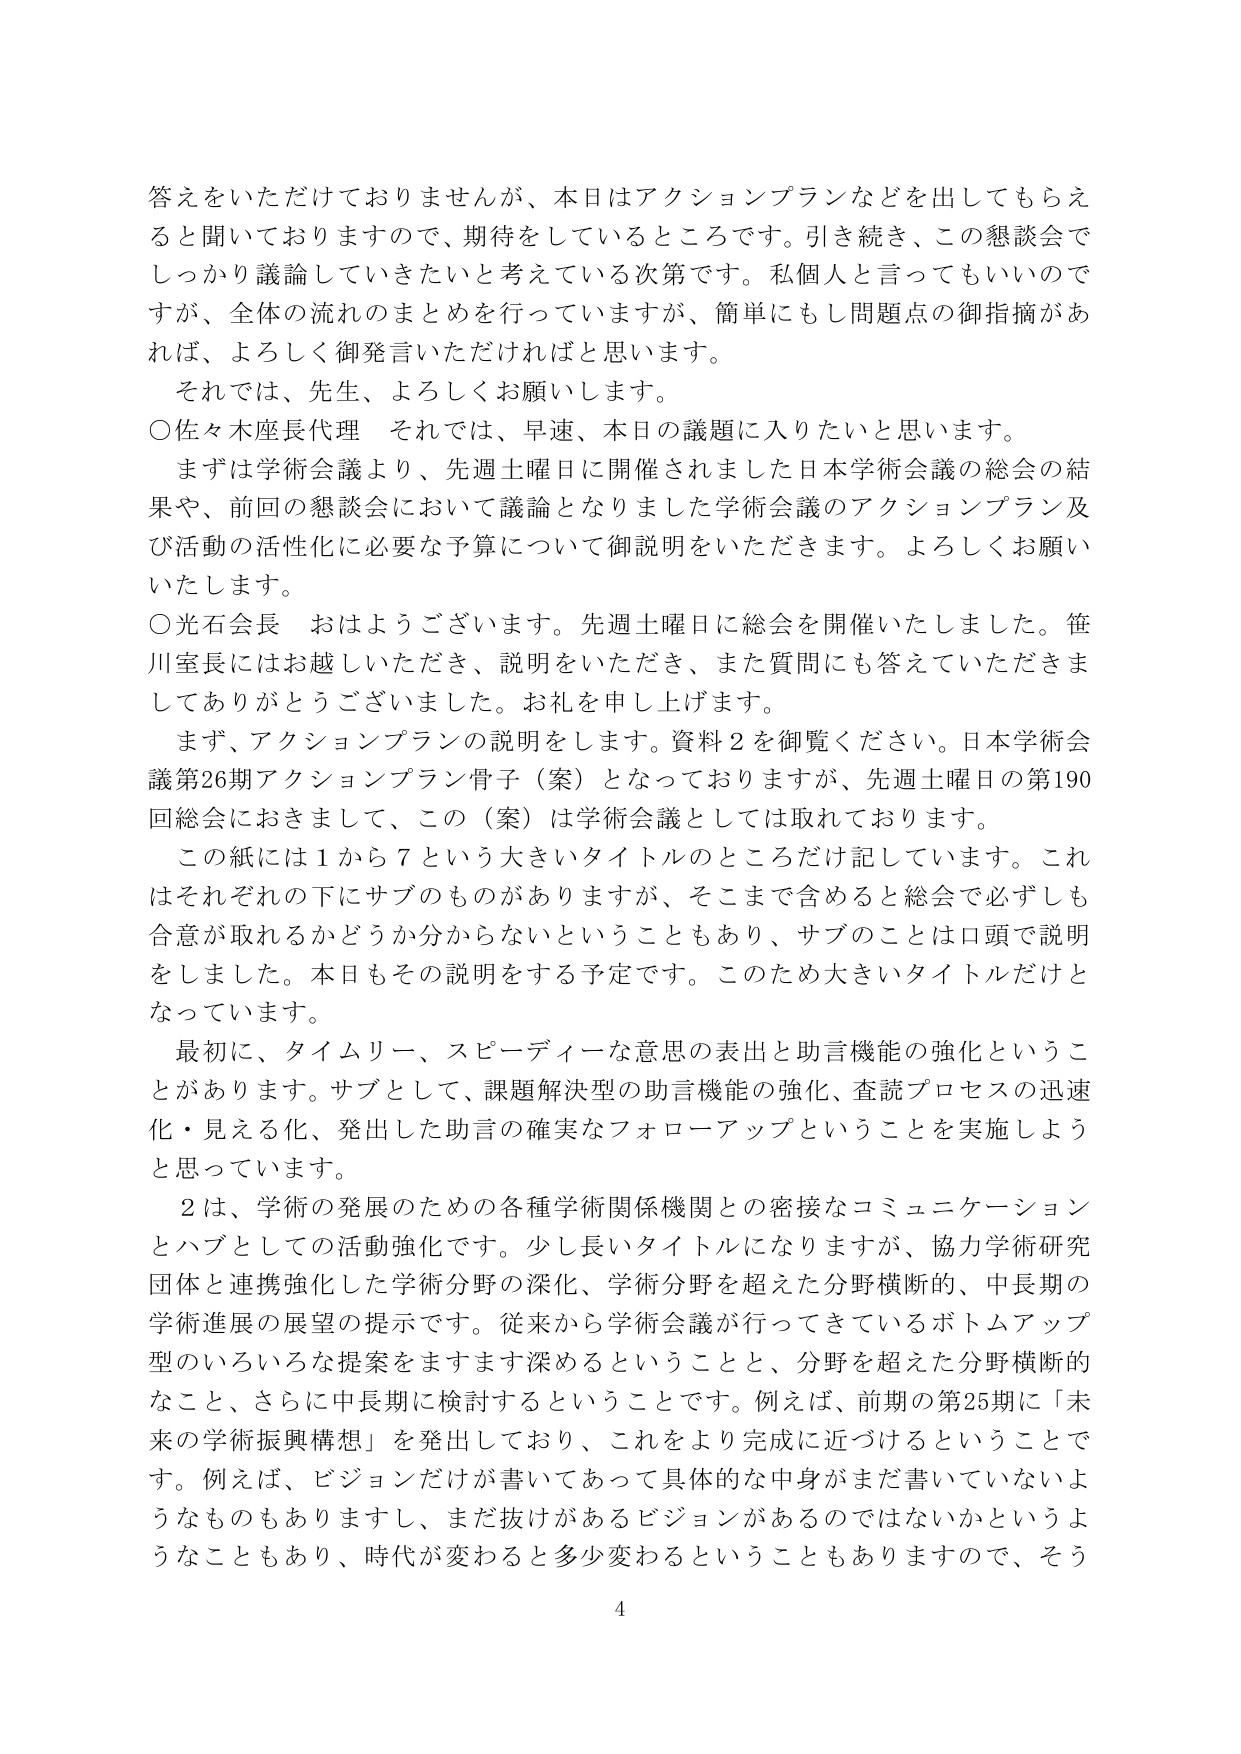
答えをいただけておりませんが、本日はアクションプランなどを出してもらえると聞いておりますので、期待をしているところです。引き続き、この懇談会でしっかり議論していきたいと考えている次第です。私個人と言ってもいいのですが、全体の流れのまとめを行っていますが、簡単にもし問題点の御指摘があれば、よろしく御発言いただければと思います。

それでは、先生、よろしくお願いします。

○佐々木座長代理　それでは、早速、本日の議題に入りたいと思います。

まずは学術会議より、先週土曜日に開催されました日本学術会議の総会の結果や、前回の懇談会において議論となりました学術会議のアクションプラン及び活動の活性化に必要な予算について御説明をいただきます。よろしくお願いいたします。

○光石会長　おはようございます。先週土曜日に総会を開催いたしました。笹川室長にはお越しいただき、説明をいただき、また質問にも答えていただきましてありがとうございました。お礼を申し上げます。

まず、アクションプランの説明をします。資料２を御覧ください。日本学術会議第26期アクションプラン骨子（案）となっておりますが、先週土曜日の第190回総会におきまして、この（案）は学術会議としては取れております。

この紙には１から７という大きいタイトルのところだけ記しています。これはそれぞれの下にサブのものがありますが、そこまで含めると総会で必ずしも合意が取れるかどうか分からないということもあり、サブのことは口頭で説明をしました。本日もその説明をする予定です。このため大きいタイトルだけとなっています。

最初に、タイムリー、スピーディーな意思の表出と助言機能の強化ということがあります。サブとして、課題解決型の助言機能の強化、査読プロセスの迅速化・見える化、発出した助言の確実なフォローアップということを実施しようと思っています。

２は、学術の発展のための各種学術関係機関との密接なコミュニケーションとハブとしての活動強化です。少し長いタイトルになりますが、協力学術研究団体と連携強化した学術分野の深化、学術分野を超えた分野横断的、中長期の学術進展の展望の提示です。従来から学術会議が行ってきているボトムアップ型のいろいろな提案をますます深めるということと、分野を超えた分野横断的なこと、さらに中長期に検討するということです。例えば、前期の第25期に「未来の学術振興構想」を発出しており、これをより完成に近づけるということです。例えば、ビジョンだけが書いてあって具体的な中身がまだ書いていないようなものもありますし、まだ抜けがあるビジョンがあるのではないかというようなこともあり、時代が変わると多少変わるということもありますので、そう

4